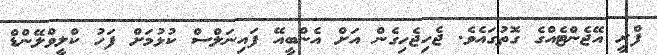
ފްރީ އޭޖެންޓެއްގެ ގޮތުގައެވެ. ޖެހިޖެހިގެން އަށް އެންބީއޭ ފައިނަލްސް ކުޅުމަށް ފަހު ކްލީވްލޭންޑް